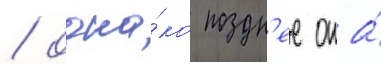
/ одна́ко поздн'ее она́